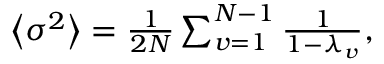
\begin{array} { r } { \left\langle \sigma ^ { 2 } \right\rangle = \frac { 1 } { 2 N } \sum _ { v = 1 } ^ { N - 1 } { \frac { 1 } { 1 - \lambda _ { v } } } , } \end{array}